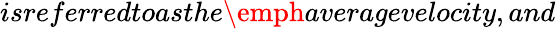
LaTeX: isreferredtoasthe\emph{averagevelocity},and